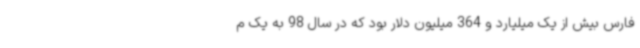
فارس بیش از یک میلیارد و 364 میلیون دلار بود که در سال 98 به یک م